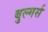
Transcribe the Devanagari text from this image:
बुल्गर्स